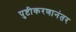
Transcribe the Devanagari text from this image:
पुष्टीकरणानंतर